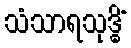
သံသာရသုဒ္ဓိံ